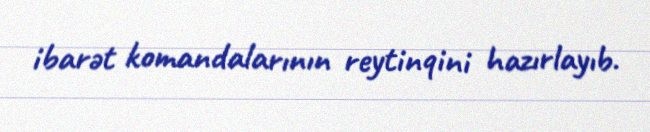
ibarət komandalarının reytinqini hazırlayıb.